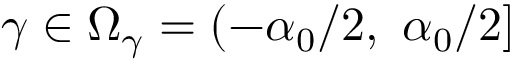
\gamma \in \mathcal { \Omega } _ { \gamma } = ( - \alpha _ { 0 } / 2 , \ \alpha _ { 0 } / 2 ]